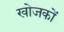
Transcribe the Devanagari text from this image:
खोजकों